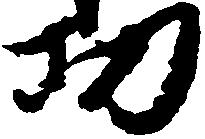
功